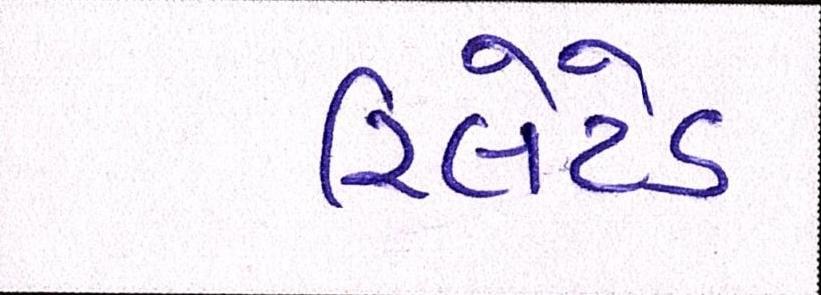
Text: રિલેટેડ